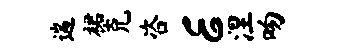
遄裙克咨E涅吻